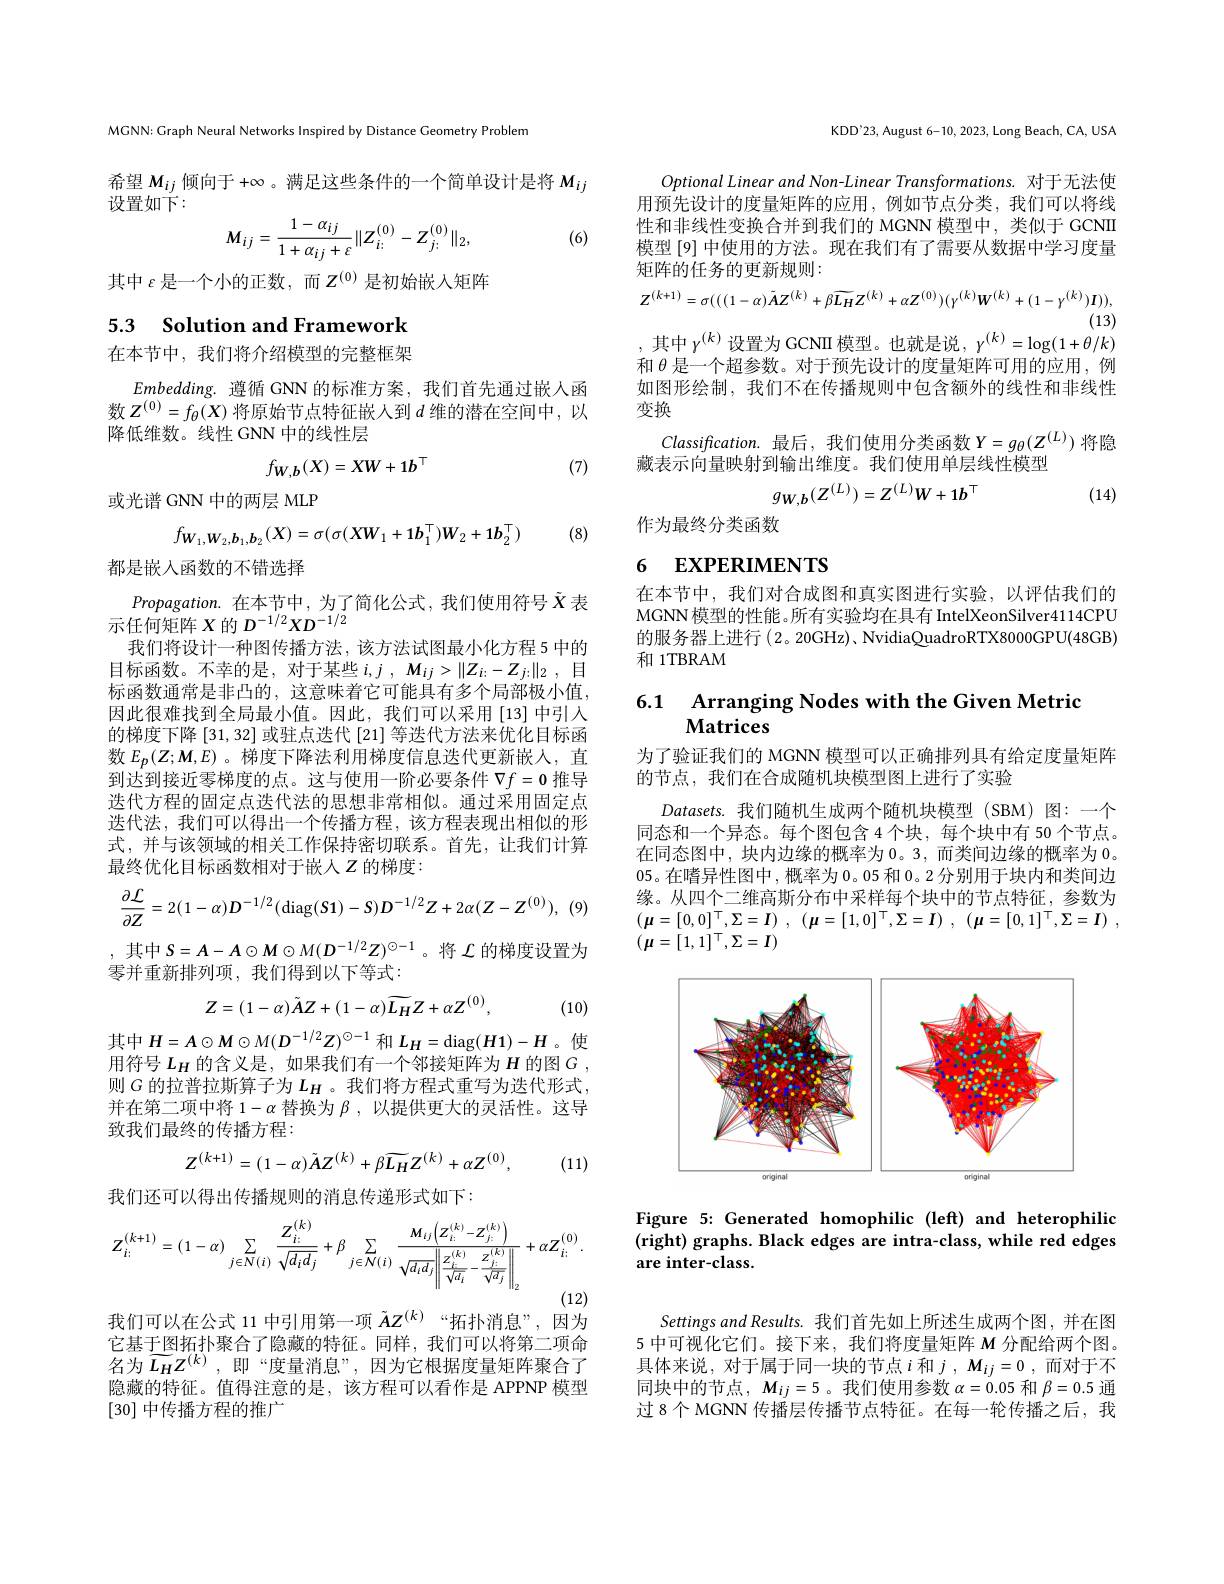
MGNN: Graph Neural Networks Inspired by Distance Geometry Problem

希望$M_{ij}$倾向于 +∞ 。满足这些条件的一个简单设计是将$M_{ij}$
设置如下：
$$M_{ij}=\frac{1-\alpha_{ij}}{1+\alpha_{ij}+\varepsilon}\|Z_{i;}^{(0)}-Z_{j;}^{(0)}\|_{2},$$
(6)

其中$\varepsilon$是一个小的正数，而$Z^(0)$是初始嵌入矩阵

5.3 Solution and Framework

在本节中，我们将介绍模型的完整框架

$Embedding.$遵循 GNN 的标准方案，我们首先通过嵌人函数$Z^{(0)}=f_\theta(X)$将原始节点特征嵌人到$d$维的潜在空间中，以降低维数。线性 GNN 中的线性层
$$f_{W,b}(X)=XW+1b^\top $$
(7)

或光谱 GNN 中的两层 MLP
$$f_{\boldsymbol{W}_{1},\boldsymbol{W}_{2},\boldsymbol{b}_{1},\boldsymbol{b}_{2}}(X)=\sigma(\sigma(X\boldsymbol{W}_{1}+1\boldsymbol{b}_{1}^{\top})\boldsymbol{W}_{2}+1\boldsymbol{b}_{2}^{\top})$$
(8)

都是嵌入函数的不错选择

$Propagation.$在本节中，为了简化公式，我们使用符号$\tilde{X}$表
示任何矩阵$X$的$D^-1/2XD^{-1/2}$
我们将设计一种图传播方法，该方法试图最小化方程 5 中的目标函数。不幸的是，对于某些$i,j,M_{ij}>\|Z_{i:}-Z_{j:}\|_2$,目标函数通常是非凸的，这意味着它可能具有多个局部极小值， 因此很难找到全局最小值。因此，我们可以采用[13]中引入的梯度下降[31,32]或驻点迭代 [21] 等迭代方法来优化目标函数$E_p(Z;M,E)$ 。梯度下降法利用梯度信息迭代更新嵌人，直到达到接近零梯度的点。这与使用一阶必要条件$\nabla f=\mathbf{0}$推导迭代方程的固定点迭代法的思想非常相似。通过采用固定点迭代法，我们可以得出一个传播方程，该方程表现出相似的形式，并与该领域的相关工作保持密切联系。首先，让我们计算最终优化目标函数相对于嵌人$Z$的梯度：
$$\frac{\partial\mathcal{L}}{\partial Z}=2(1-\alpha)D^{-1/2}(\mathrm{diag}(S\mathbf{1})-S)D^{-1/2}Z+2\alpha(Z-Z^{(0)}),$$
,其中$S=A-A\odot M\odot M(D^{-1/2}Z)^{\odot-1}$。将$\mathcal{L}$的梯度设置为

零并重新排列项，我们得到以下等式：
$$Z=(1-\alpha)\tilde{A}Z+(1-\alpha)\widetilde{L_{H}}Z+\alpha Z^{(0)},$$
(10)

其中$H=A\odot M\odot M(D^{-1/2}Z)^{\odot-1}$ 和 $L_H=\operatorname{diag}(H1)-H$ 。使用符号$L_H$的含义是，如果我们有一个邻接矩阵为$H$的图$G$, 则$G$的拉普拉斯算子为$L_H$ 。我们将方程式重写为迭代形式， 并在第二项中将$1-\alpha$替换为$\beta$,以提供更大的灵活性。这导致我们最终的传播方程：
$$Z^{(k+1)}=(1-\alpha)\tilde{A}Z^{(k)}+\beta\widetilde{L_{H}}Z^{(k)}+\alpha Z^{(0)},$$
(11)

我们还可以得出传播规则的消息传递形式如下：
$$Z_{i:}^{(k+1)}=(1-\alpha)\sum_{j\in N(i)}\frac{Z_{i:}^{(k)}}{\sqrt{d_{i}d_{j}}}+\beta\sum_{j\in N(i)}\frac{M_{ij}\left(Z_{i:}^{(k)}-Z_{j:}^{(k)}\right)}{\sqrt{d_{i}d_{j}}\left\|\frac{Z_{i:}^{(k)}}{\sqrt{d_{i}}}-\frac{Z_{j:}^{(k)}}{\sqrt{d_{j}}}\right\|_{2}}+\alpha Z_{i:}^{(0)}.$$
我们可以在公式 11 中引用第一项$\tilde{A}Z^{(k)}$ “拓扑消息”,因为

它基于图拓扑聚合了隐藏的特征。同样，我们可以将第二项命名为$\widetilde{L_H} Z^{( k) }$ , 即“度量消息”,因为它根据度量矩阵聚合了隐藏的特征。值得注意的是，该方程可以看作是 APPNP 模型[30]中传播方程的推广

KDD'23, August 6-10, 2023, Long Beach, CA, USA

Optional Linear and Non- Linear Transformations. 对于无法使用预先设计的度量矩阵的应用，例如节点分类，我们可以将线性和非线性变换合并到我们的 MGNN 模型中，类似于 GCNII 模型 [9] 中使用的方法。现在我们有了需要从数据中学习度量矩阵的任务的更新规则：
$$Z^{(k+1)}=\sigma(((1-\alpha)\tilde{A}Z^{(k)}+\beta\overline{{{L_{H}}}}Z^{(k)}+\alpha Z^{(0)})(\gamma^{(k)}W^{(k)}+(1-\gamma^{(k)})I)),$$
(13)
,其中$\gamma^{(k)}$设置为 GCNII 模型。也就是说，$\gamma^{(k)}=\log(1+\theta/k)$

和$\theta$是一个超参数。对于预先设计的度量矩阵可用的应用，例如图形绘制，我们不在传播规则中包含额外的线性和非线性变换
$Classification.$最后，我们使用分类函数$Y=g_\theta(Z^{(L)})$将隐
藏表示向量映射到输出维度。我们使用单层线性模型
$$g_{W,b}(Z^{(L)})=Z^{(L)}W+1b^{\top}$$
(14)

作为最终分类函数

# 6 EXPERIMENTS

在本节中，我们对合成图和真实图进行实验，以评估我们的MGNN模型的性能。所有实验均在具有 IntelXeonSilver4114CPU 的服务器上进行(2。20GHz)、NvidiaQuadroRTX8000GPU(48GB) 和 1TBRAM

## 6.1 Arranging Nodes with the Given Metric $\mathbf{Matrices}$

为了验证我们的 MGNN 模型可以正确排列具有给定度量矩阵
的节点，我们在合成随机块模型图上进行了实验

$Datasets.$我们随机生成两个随机块模型(SBM)图：一个同态和一个异态。每个图包含 4 个块，每个块中有 50 个节点。在同态图中，块内边缘的概率为0。3,而类间边缘的概率为0。05。在嗜异性图中，概率为 0。05 和 0。2 分别用于块内和类间边缘。从四个二维高斯分布中采样每个块中的节点特征，参数为$\left ( \boldsymbol{\mu }= [ 0, 0] ^{\top }, \Sigma = \boldsymbol{I}\right )$ , $\left ( \boldsymbol{\mu }= [ 1, 0] ^{\top }, \Sigma = \boldsymbol{I}\right )$ , $\left ( \boldsymbol{\mu }= [ 0, 1] ^{\top }, \Sigma = \boldsymbol{I}\right )$ , $(\mu=[1,1]^{\top},\Sigma=I)$

<FigureHere>

Figure 5: Generated homophilic (left) and heterophilic (right) graphs. Black edges are intra-class, while red edges ${\mathrm{are~inter-class.}}$

Settings and Results. 我们首先如上所述生成两个图，并在图5 中可视化它们。接下来，我们将度量矩阵$M$分配给两个图。具体来说，对于属于同一块的节点$i$ 和$j,M_{ij}=0$,而对于不同块中的节点，$M_ij=5$。我们使用参数$\alpha=0.05$ 和$\beta=0.5$ 通过8个MGNN 传播层传播节点特征。在每一轮传播之后，我